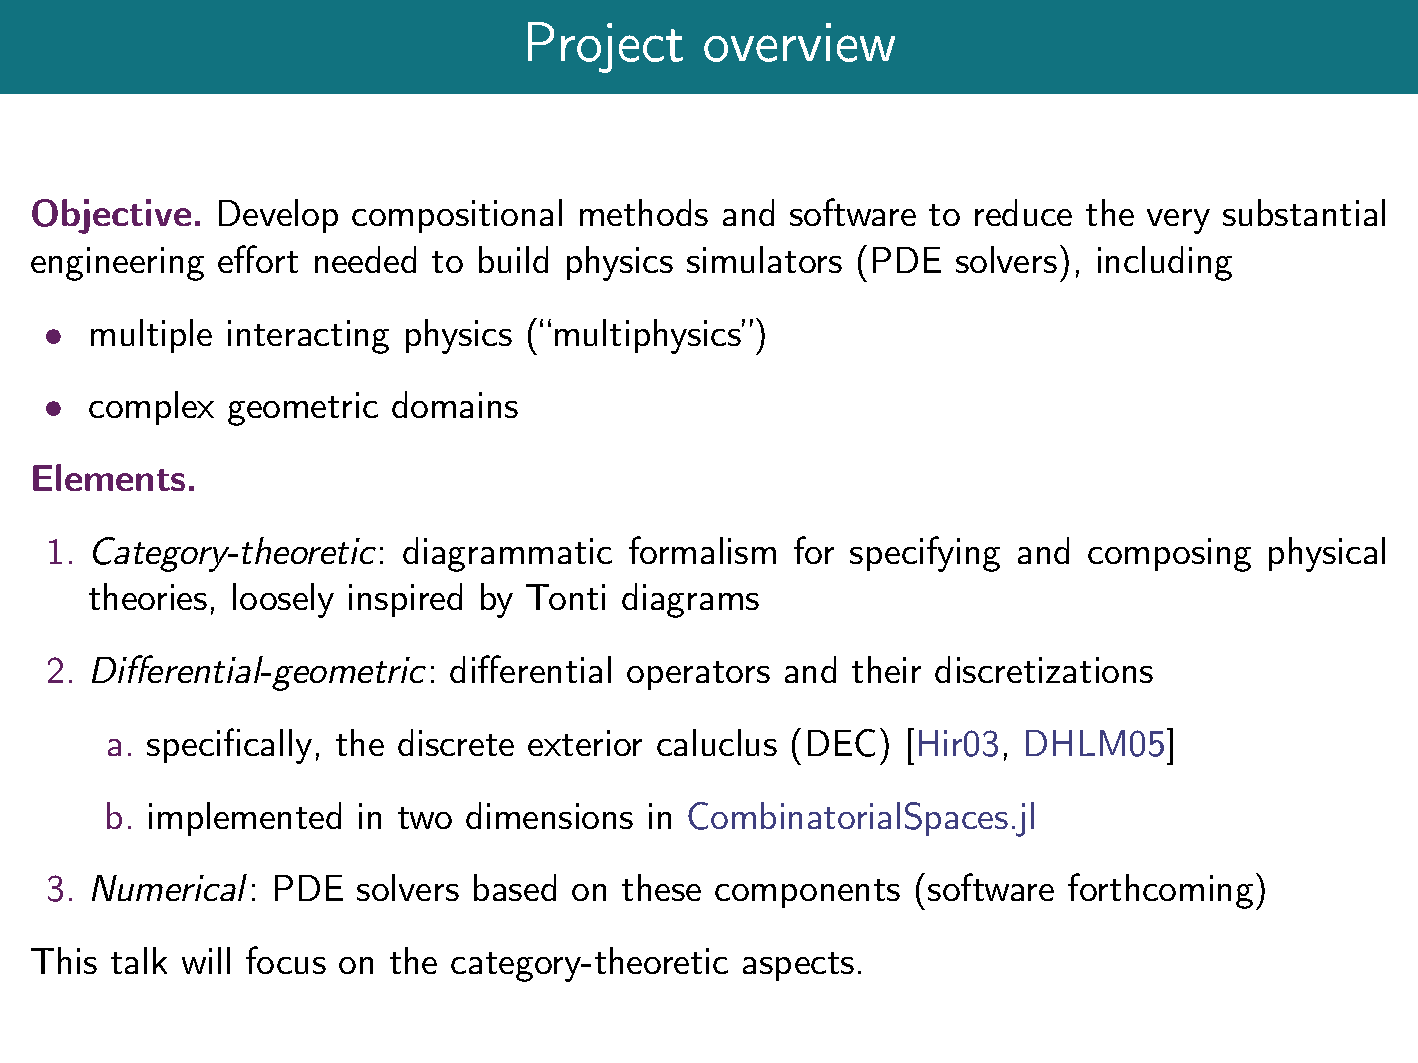
Project    overview
 Objective.  Develop  compositional  methods   and software to reduce  the very substantial
 engineering effort needed  to build physics simulators (PDE  solvers), including
 multiple interacting physics (multiphysics)
 
 complex  geometric  domains
 
 Elements.
 1. Category-theoretic:  diagrammatic   formalism for specifying and  composing   physical
 theories, loosely inspired by Tonti diagrams
 2. Differential-geometric: differential operators and their discretizations
 a. specifically, the discrete exterior caluclus (DEC) [Hir03, DHLM05]
 b. implemented   in two dimensions  in CombinatorialSpaces.jl
 3. Numerical:  PDE   solvers based on these components   (software  forthcoming)
 This talk will focus on the category-theoretic aspects.